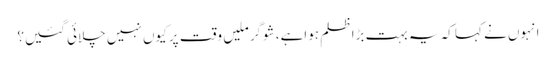
انہوں نے کہا کہ یہ بہت بڑا ظلم ہواہے، شوگر ملیں وقت پر کیوں نہیں چلائی گئیں؟